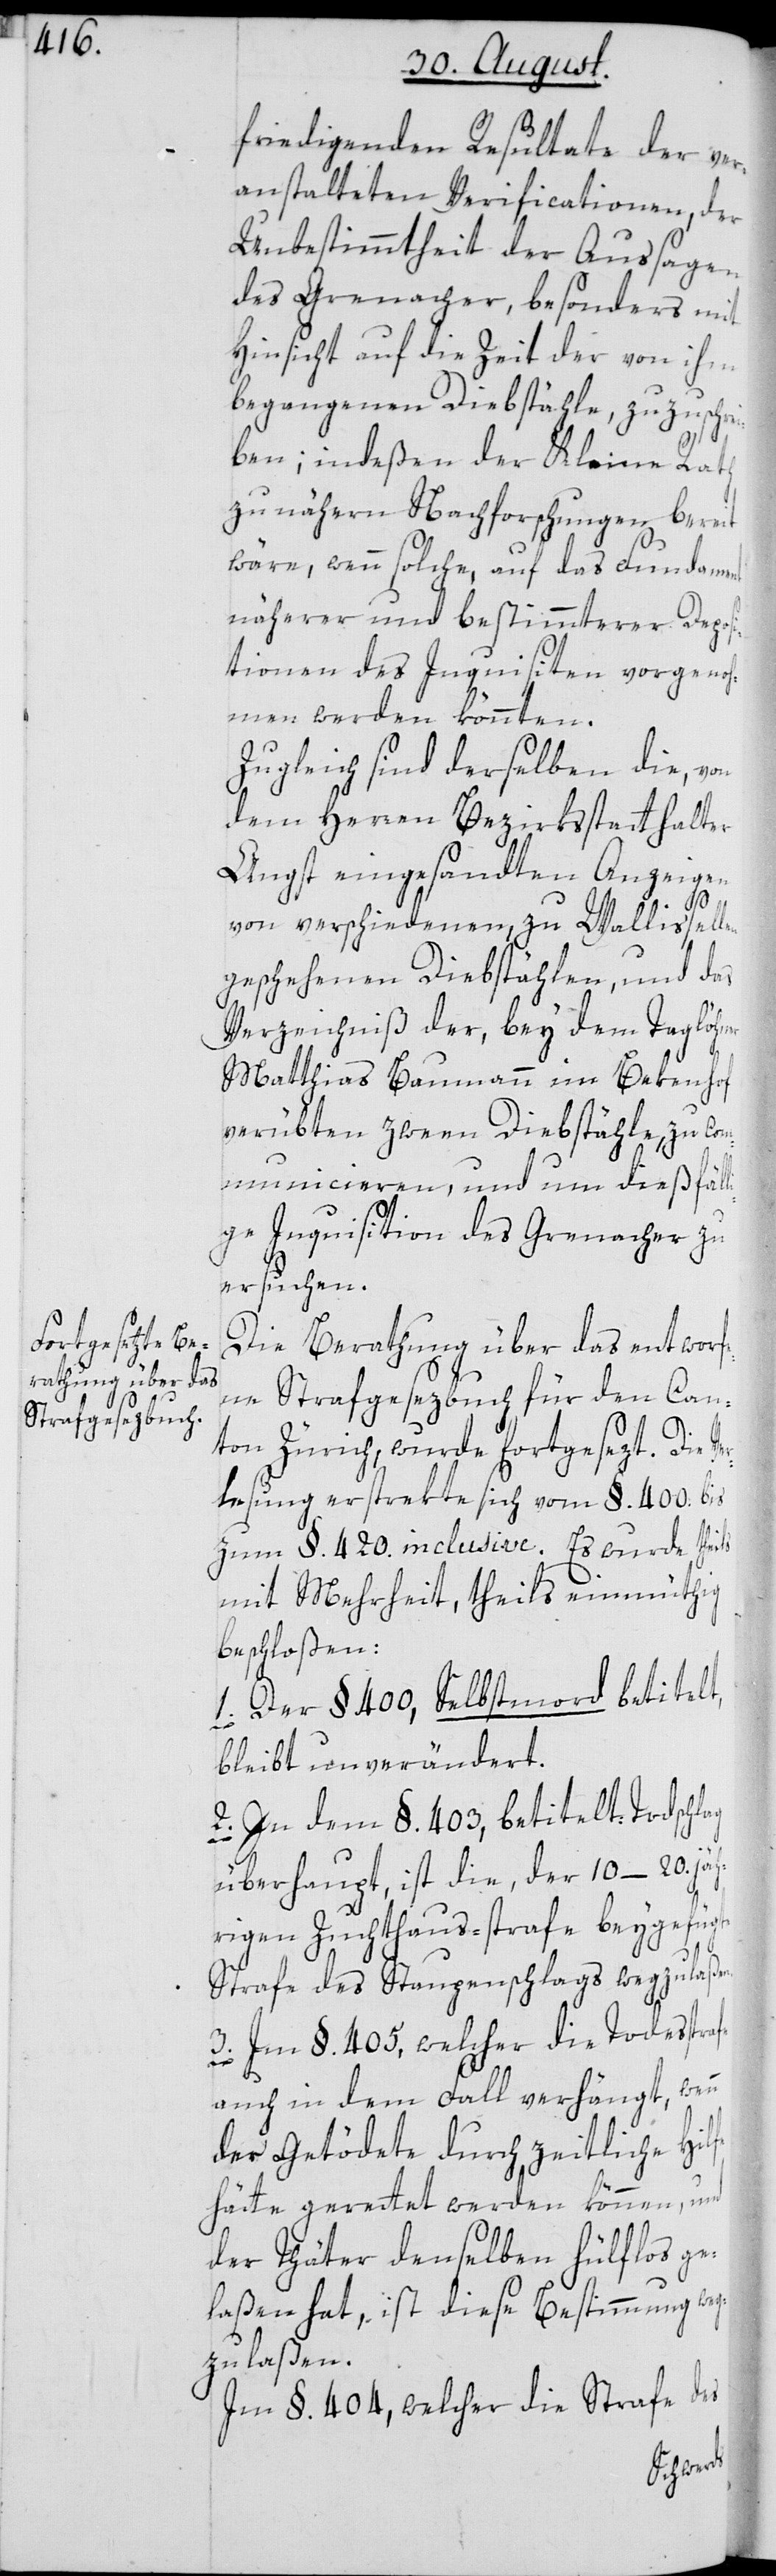
friedigenden Resultate der ver¬
anstalteten Verificationen, der
Unbestimmtheit der Aussagen
des Grenacher, besonders mit
Hinsicht auf die Zeit der von ihm
begangenen Diebstähle, zuzuschrei¬
ben; indeßen der Kleine Rath
zu nähern Nachforschungen, bereit
wäre, wenn solche, auf das Fundament
näherer und bestimmterer Deposi¬
tionen des Inquisiten vorgenoh¬
men werden könnten.
Zugleich sind derselben die, von
dem Herren Bezirksstatthalter
Angst eingesandten Anzeigen
von verschiedenen, zu Wallisellen
geschehenen Diebstählen, und das
Verzeichniß der, bey dem Taglöhner
Matthias Baumann im Bekenhof
verübten zween Diebstähle, zu co¬
mmunicieren, und um dießfäll¬
ige Inquisition des Grenacher zu
ersuchen.
Die Berathung über das entworf¬
ene Strafgesezbuch für den Can¬
afe
ton Zürich, wurde fortgesezt. Die Ve¬
rlesung erstrekte sich vom §. 400. bis
zum §. 420. inclusive. Es wurde theils
mit Mehrheit, theils einmüthig
beschloßen:
1. Der § 400, Selbstmord betitelt,
bleibt unverändert.
2. In dem §. 403, betitelt Todschlag
überhaupt, ist die, der 10–20.jäh¬
rigen Zuchthaus-strafe beygefügte
Strafe des Staupenschlags, wegzulaßen.
3. Im §. 405, welcher die Todesstr¬
auch in dem Fall verhängt, wenn
der Getödete durch zeitliche Hilfe
hätte gerettet werden können, und
der Thäter denselben hülflos ge¬
laßen hat, ist diese Bestimmung weg¬
zulaßen.
Im § 404, welcher die Strafe des